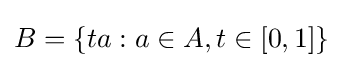
B=\{ta:a\in A,t\in [0,1]\}